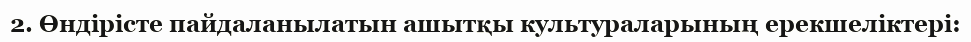
2. Өндірісте пайдаланылатын ашытқы культураларының ерекшеліктері: